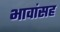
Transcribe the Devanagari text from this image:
भावांसह